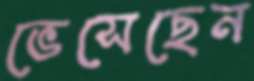
ভেসেছেন